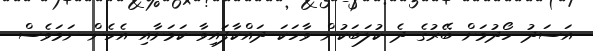
އަސަދު ހޯދުމަށް ބޭރުގެ ދެ ކުލަބަކުން ވާހަކަ ދައްކާފައިވާ ކަމަށާއި އެހެން ނަމަވެސް